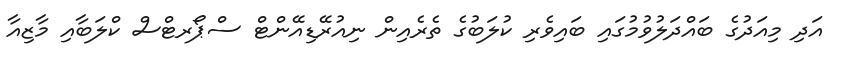
އަދި މިއަދުގެ ބައްދަލުވުމުގައި ބައިވެރި ކުލަބުގެ ތެރެއިން ނިއުރޭޑިއޭންޓް ސްޕޯރޓްސް ކްލަބާއި މާޒިއާ